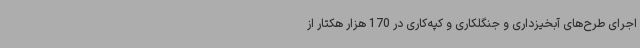
اجرای طرح‌های آبخیزداری و جنگلکاری و کپه‌کاری در 170 هزار هکتار از